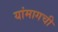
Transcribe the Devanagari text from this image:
यांमागची